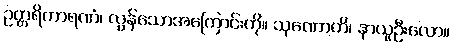
ဥတ္တရိကာရဏံ၊ လွန်သောအကြောင်းကို။ သုဏောဟိ၊ နာယူဦးလော။